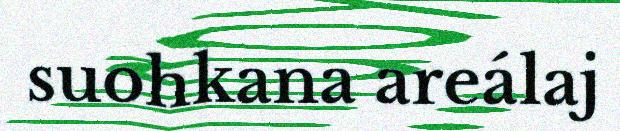
suohkana areálaj